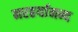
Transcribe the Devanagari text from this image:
नरहर्यानन्द